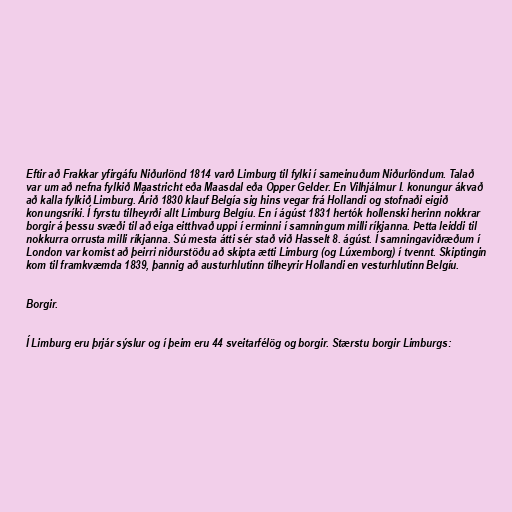
Eftir að Frakkar yfirgáfu Niðurlönd 1814 varð Limburg til fylki í sameinuðum Niðurlöndum. Talað
var um að nefna fylkið Maastricht eða Maasdal eða Opper Gelder. En Vilhjálmur I. konungur ákvað
að kalla fylkið Limburg. Árið 1830 klauf Belgía sig hins vegar frá Hollandi og stofnaði eigið
konungsríki. Í fyrstu tilheyrði allt Limburg Belgíu. En í ágúst 1831 hertók hollenski herinn nokkrar
borgir á þessu svæði til að eiga eitthvað uppi í erminni í samningum milli ríkjanna. Þetta leiddi til
nokkurra orrusta milli ríkjanna. Sú mesta átti sér stað við Hasselt 8. ágúst. Í samningaviðræðum í
London var komist að þeirri niðurstöðu að skipta ætti Limburg (og Lúxemborg) í tvennt. Skiptingin
kom til framkvæmda 1839, þannig að austurhlutinn tilheyrir Hollandi en vesturhlutinn Belgíu.

Borgir.

Í Limburg eru þrjár sýslur og í þeim eru 44 sveitarfélög og borgir. Stærstu borgir Limburgs: